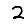
Digit: 2